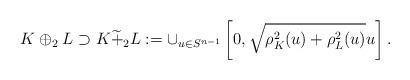
LaTeX: \begin{align*}K\oplus_2L\supset K \widetilde{+}_2L:=\cup_{u\in S^{n-1}}\left[0,\sqrt{\rho_K^2(u)+\rho_L^2(u)}u\right].\end{align*}